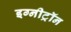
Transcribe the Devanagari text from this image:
इग्नीट्रॉन